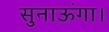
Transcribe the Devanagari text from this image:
सुनाऊंगा।